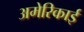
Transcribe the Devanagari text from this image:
अमेरिकाई